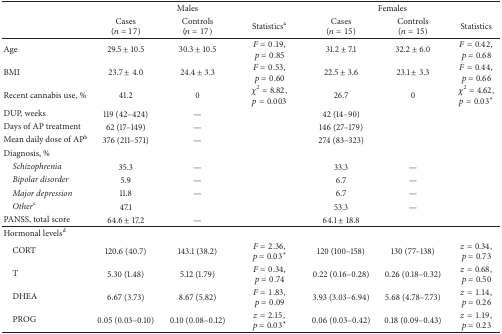
<table><thead><tr><td><b> </b></td><td colspan="3"><b>Males</b></td><td colspan="3"><b>Females</b></td></tr><tr><td><b> </b></td><td><b>Cases(<i>n</i> = 17)</b></td><td><b>Controls(<i>n</i> = 17)</b></td><td><b>Statistics<sup>a</sup></b></td><td><b>Cases(<i>n</i> = 15)</b></td><td><b>Controls(<i>n</i> = 15)</b></td><td><b>Statistics</b></td></tr></thead><tbody><tr><td>Age</td><td>29.5 ± 10.5</td><td>30.3 ± 10.5</td><td><i>F</i> = 0.19, <i>p</i> = 0.85</td><td>31.2 ± 7.1</td><td>32.2 ± 6.0</td><td><i>F</i> = 0.42, <i>p</i> = 0.68</td></tr><tr><td>BMI</td><td>23.7 ± 4.0</td><td>24.4 ± 3.3</td><td><i>F</i> = 0.53, <i>p</i> = 0.60</td><td>22.5 ± 3.6</td><td>23.1 ± 3.3</td><td><i>F</i> = 0.44, <i>p</i> = 0.66</td></tr><tr><td>Recent cannabis use, %</td><td>41.2</td><td>0</td><td><i>χ</i><sup>2</sup> = 8.82, <i>p</i> = 0.003</td><td>26.7</td><td>0</td><td><i>χ</i><sup>2</sup> = 4.62, <i>p</i> = 0.03<sup><i>∗</i></sup></td></tr><tr><td>DUP, weeks</td><td>119 (42–424)</td><td>—</td><td> </td><td>42 (14–90)</td><td> </td><td> </td></tr><tr><td>Days of AP treatment</td><td>62 (17–149)</td><td>—</td><td> </td><td>146 (27–179)</td><td> </td><td> </td></tr><tr><td>Mean daily dose of AP<sup>b</sup></td><td>376 (211–571)</td><td>—</td><td> </td><td>274 (83–323)</td><td> </td><td> </td></tr><tr><td>Diagnosis, %</td><td> </td><td> </td><td> </td><td> </td><td> </td><td> </td></tr><tr><td> <i>Schizophrenia</i></td><td>35.3</td><td>—</td><td> </td><td>33.3</td><td>—</td><td> </td></tr><tr><td> <i>Bipolar disorder </i></td><td>5.9</td><td>—</td><td> </td><td>6.7</td><td>—</td><td> </td></tr><tr><td> <i>Major depression</i></td><td>11.8</td><td>—</td><td> </td><td>6.7</td><td>—</td><td> </td></tr><tr><td> <i>Other</i><sup>c</sup></td><td>47.1</td><td> </td><td> </td><td>53.3</td><td>—</td><td> </td></tr><tr><td>PANSS, total score</td><td>64.6 ± 17.2</td><td>—</td><td> </td><td>64.1 ± 18.8</td><td> </td><td> </td></tr><tr><td> Hormonal levels<sup>d</sup></td><td> </td><td> </td><td> </td><td> </td><td> </td><td> </td></tr><tr><td> CORT</td><td>120.6 (40.7)</td><td>143.1 (38.2)</td><td><i>F</i> = 2.36, <i>p</i> = 0.03<sup><i>∗</i></sup></td><td>120 (100–158)</td><td>130 (77–138)</td><td><i>z</i> = 0.34, <i>p</i> = 0.73</td></tr><tr><td> T</td><td>5.30 (1.48)</td><td>5.12 (1.79)</td><td><i>F</i> = 0.34, <i>p</i> = 0.74</td><td>0.22 (0.16–0.28)</td><td>0.26 (0.18–0.32)</td><td><i>z</i> = 0.68, <i>p</i> = 0.50</td></tr><tr><td> DHEA</td><td>6.67 (3.73)</td><td>8.67 (5.82)</td><td><i>F</i> = 1.83, <i>p</i> = 0.09</td><td>3.93 (3.03–6.94)</td><td>5.68 (4.78–7.73)</td><td><i>z</i> = 1.14, <i>p</i> = 0.26</td></tr><tr><td> PROG</td><td>0.05 (0.03–0.10)</td><td>0.10 (0.08–0.12)</td><td><i>z</i> = 2.15, <i>p</i> = 0.03<sup><i>∗</i></sup></td><td>0.06 (0.03–0.42)</td><td>0.18 (0.09–0.43)</td><td><i>z</i> = 1.19, <i>p</i> = 0.23</td></tr></tbody></table>